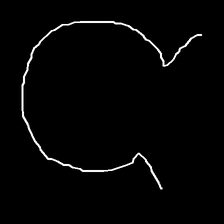
Glyph: weave